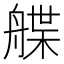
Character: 艓